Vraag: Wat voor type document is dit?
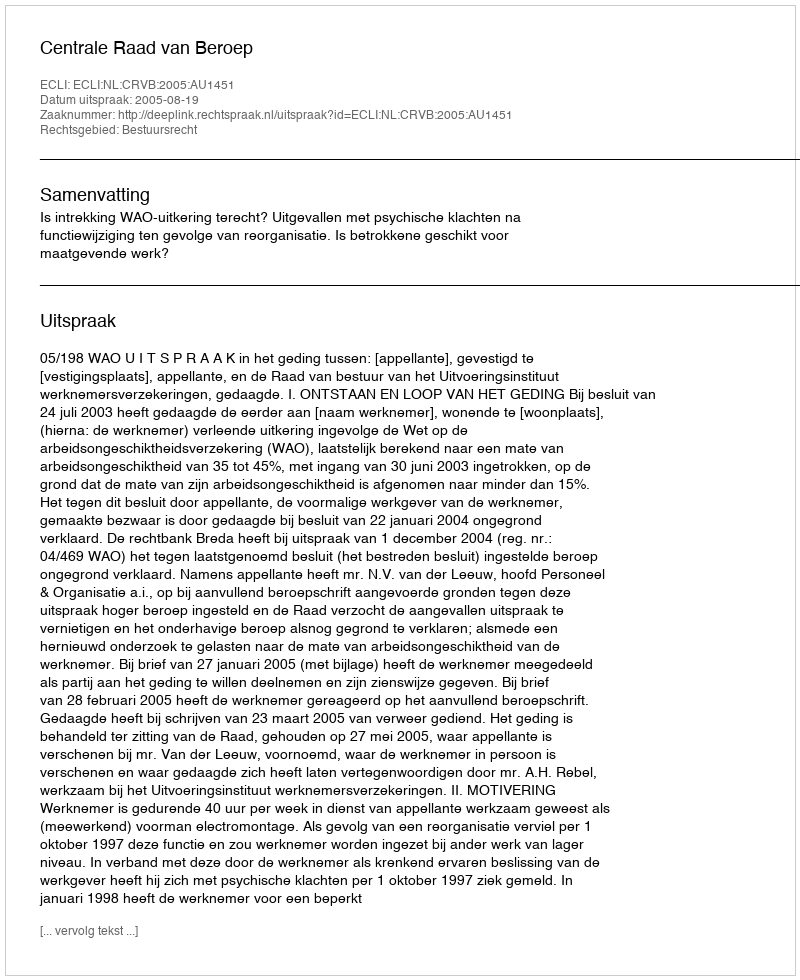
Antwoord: Uitspraak